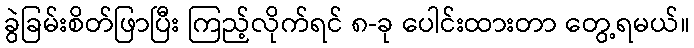
ခွဲခြမ်းစိတ်ဖြာပြီး ကြည့်လိုက်ရင် ၈-ခု ပေါင်းထားတာ တွေ့ရမယ်။